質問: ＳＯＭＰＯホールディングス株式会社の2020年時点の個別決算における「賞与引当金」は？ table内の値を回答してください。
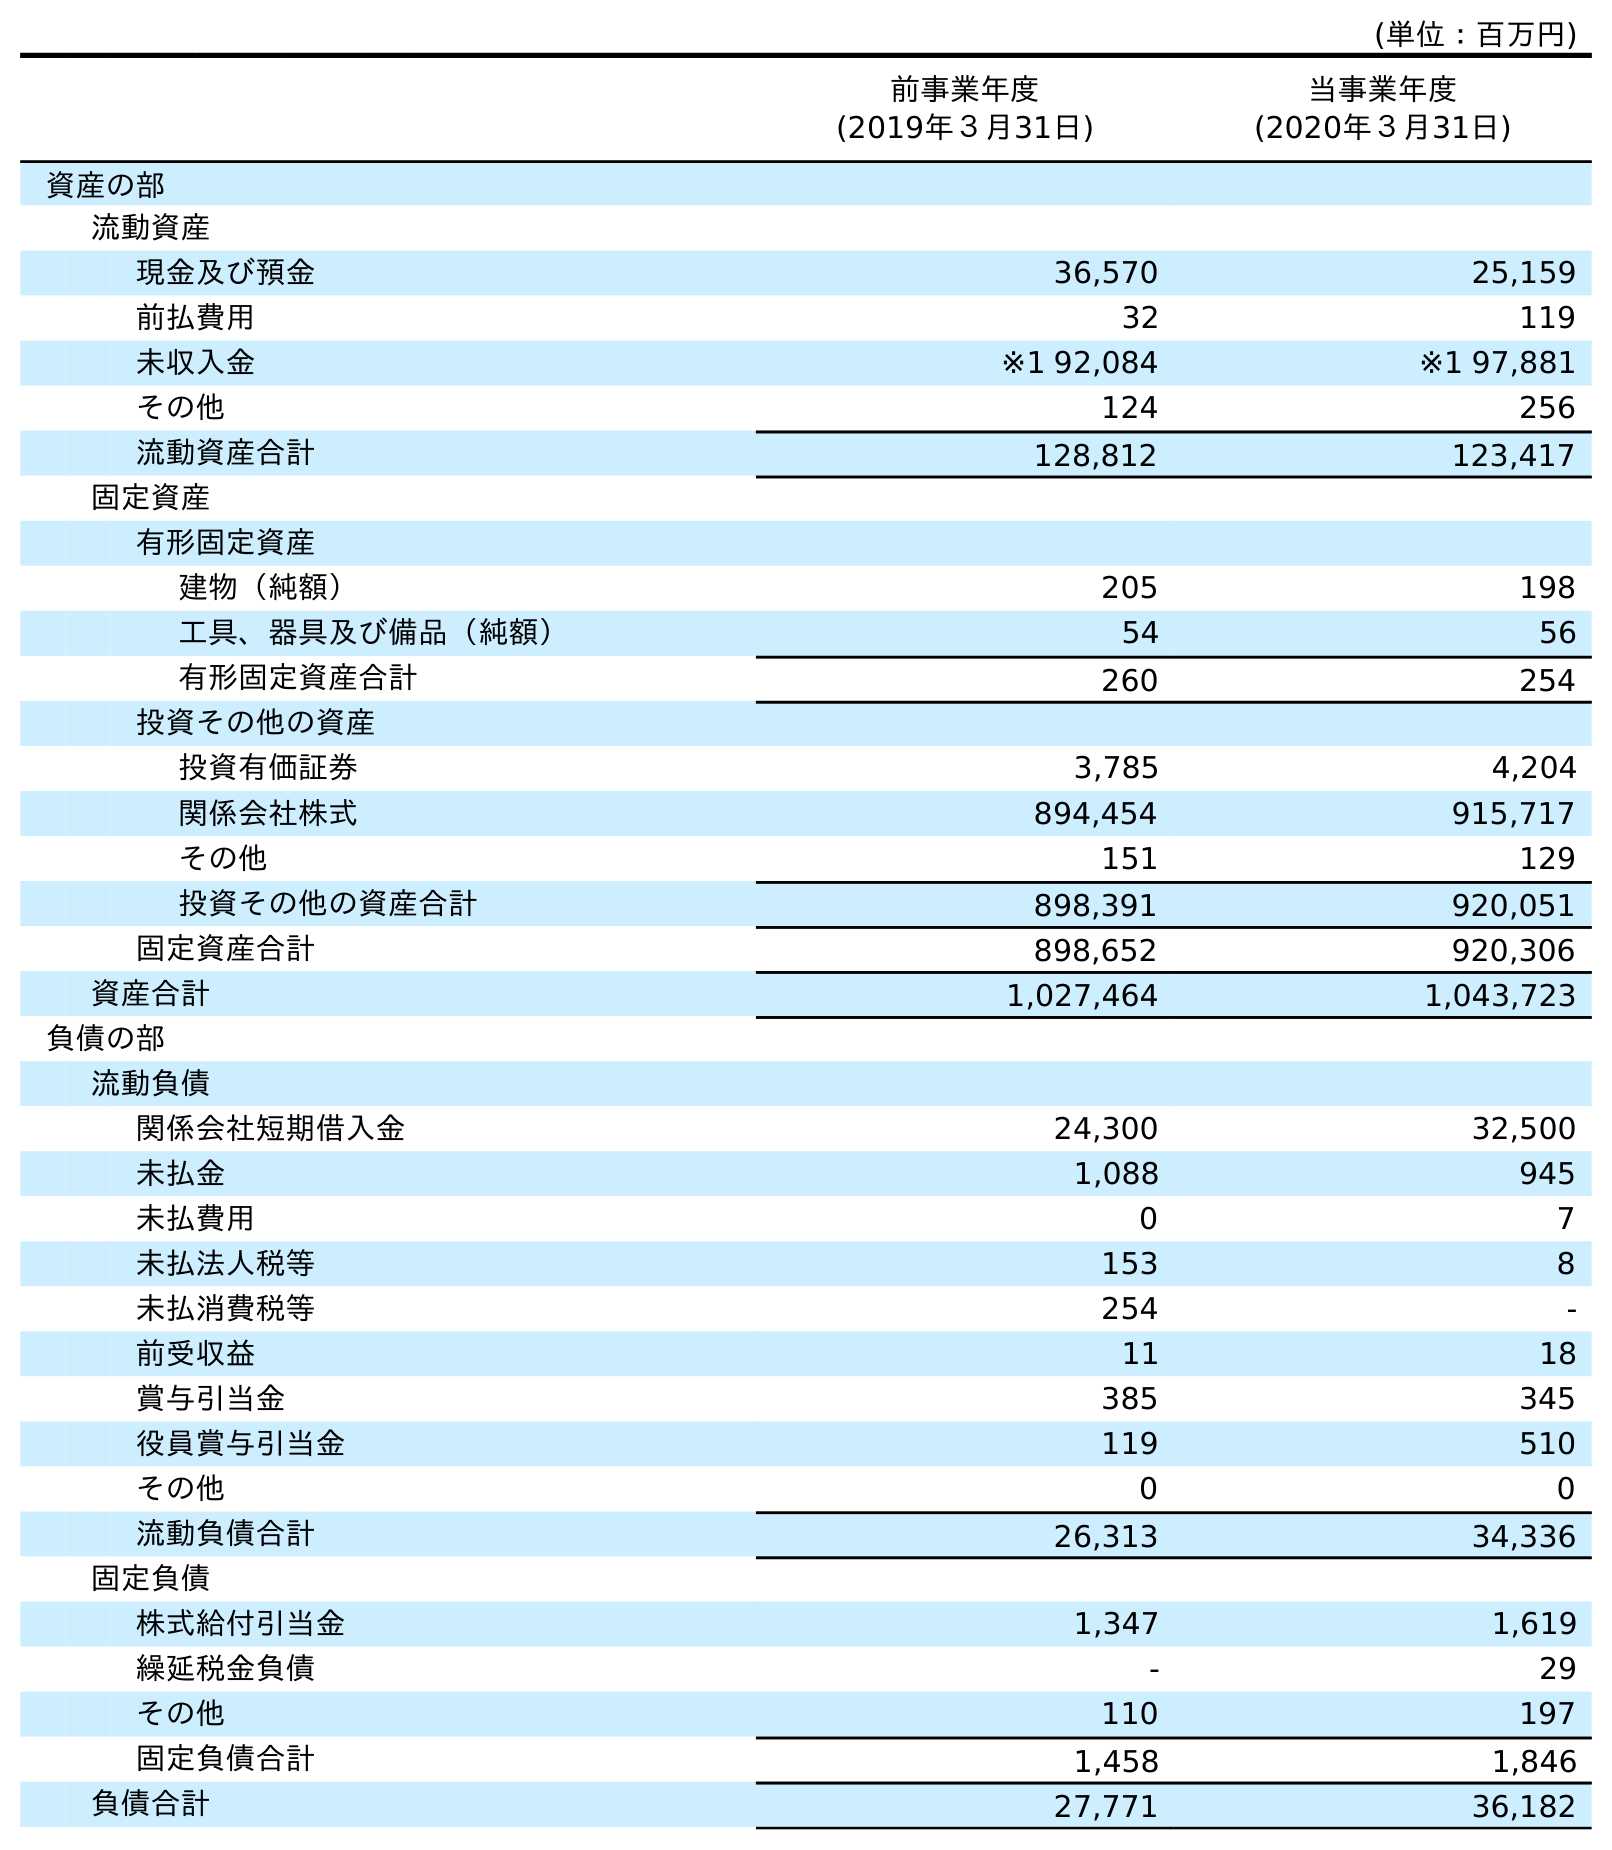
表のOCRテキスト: (単位：百万円) 前事業年度 (2019年３月31日) 当事業年度 (2020年３月31日) 資産の部 流動資産 現金及び預金 36,570 25,159 前払費用 32 119 未収入金 ※1 92,084 ※1 97,881 その他 124 256 流動資産合計 128,812 123,417 固定資産 有形固定資産 建物（純額） 205 198 工具、器具及び備品（純額） 54 56 有形固定資産合計 260 254 投資その他の資産 投資有価証券 3,785 4,204 関係会社株式 894,454 915,717 その他 151 129 投資その他の資産合計 898,391 920,051 固定資産合計 898,652 920,306 資産合計 1,027,464 1,043,723 負債の部 流動負債 関係会社短期借入金 24,300 32,500 未払金 1,088 945 未払費用 0 7 未払法人税等 153 8 未払消費税等 254 - 前受収益 11 18 賞与引当金 385 345 役員賞与引当金 119 510 その他 0 0 流動負債合計 26,313 34,336 固定負債 株式給付引当金 1,347 1,619 繰延税金負債 - 29 その他 110 197 固定負債合計 1,458 1,846 負債合計 27,771 36,182
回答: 345